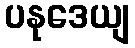
ပနုဒေယျ